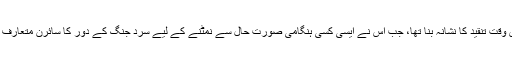
گزشتہ ماہ بھی ہوائی میں یہ محکمہ اس وقت تنقید کا نشانہ بنا تھا، جب اس نے ایسی کسی ہنگامی صورت حال سے نمٹنے کے لیے سرد جنگ کے دور کا سائرن متعارف کرایا، تاہم اس میں متعدد خرابیاں تھیں۔